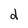
Character: d